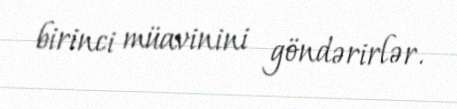
birinci müavinini göndərirlər.